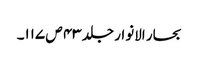
بحار الانوار جلد ۴۳ ص ۱۱۷۔